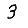
Digit: 3